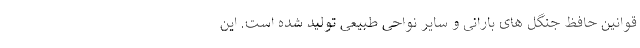
قوانین حافظ جنگل های بارانی و سایر نواحی طبیعی تولید شده است. این